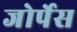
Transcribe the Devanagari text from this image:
जोर्पेस